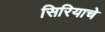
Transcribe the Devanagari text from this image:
सिरियाचे